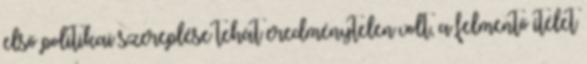
első politikai szereplése tehát eredménytelen volt, a felmentő ítélet